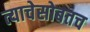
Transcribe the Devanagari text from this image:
त्याचेसोबतच